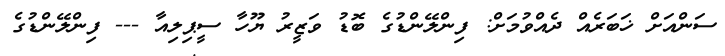
ސަންއަށް ޚަބަރެއް ދެއްވުމަށް: ފިންލޭންޑުގެ ބޮޑު ވަޒީރު ޔޫހާ ސީޕިލިއާ --- ފިންލޭންޑުގެ